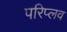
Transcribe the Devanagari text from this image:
परिप्लव